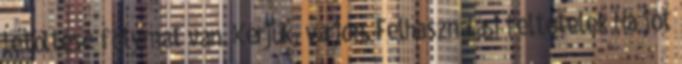
letöltése folymat van. Kérjük, várjon. Felhasználási feltételek Ha jót